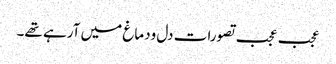
عجب عجب تصورات دل ودماغ میں آرہے تھے۔